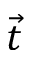
\vec { t }